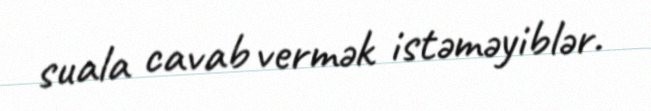
suala cavab vermək istəməyiblər.